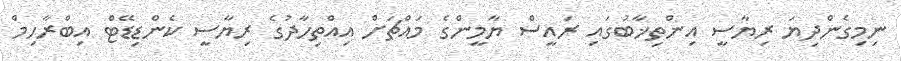
ނިމިގެންދިޔަ ރިޔާސީ އިންތިޚާބުގައި ރައީސް ޔާމީންގެ މައްޗަށް އިއްތިހާދުގެ ރިޔާސީ ކެންޑިޑޭޓް އިބްރާހިމް